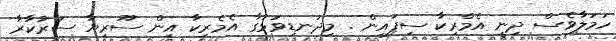
ހަމަލާވެސް ދިނީ އެމްރިކާ ސިފައިން . މިދަނޑިވަޅުގާ އެމެރިކާ އިން ސޫރިޔާ ސަރުކާރާ